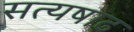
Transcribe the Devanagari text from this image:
सत्यषाढ